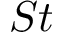
S t